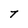
Character: T